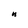
Character: n